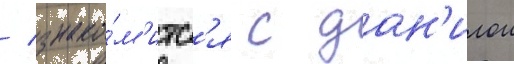
/ знако́м'итс'я с дан'илои